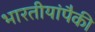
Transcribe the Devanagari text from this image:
भारतीयांपैकी